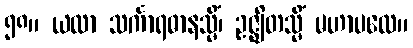
၅၈။ ယထာ သင်္ကာရဓာနသ္မိံ၊ ဥဇ္ဈိတသ္မိံ မဟာပထေ။